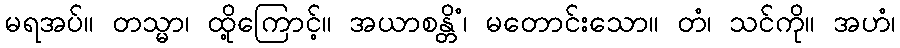
မရအပ်။ တသ္မာ၊ ထို့ကြောင့်။ အယာစန္တိံ၊ မတောင်းသော။ တံ၊ သင်ကို။ အဟံ၊